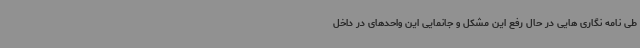
طی نامه نگاری هایی در حال رفع این مشکل و جانمایی این واحدهای در داخل